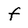
Character: f